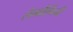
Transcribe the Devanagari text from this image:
लैम्बौर्गिनी